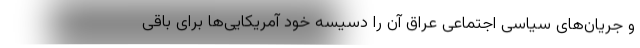
و جریان‌های سیاسی اجتماعی عراق آن را دسیسه خود آمریکایی‌ها برای باقی